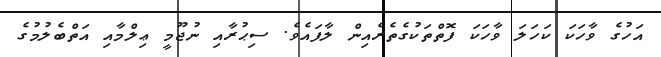
އަހުގެ ވާހަކަ ކަހަލަ ވާހަކަ ފޮތްތަކުގެތެރެއިން ލާފައެވެ. ސިޙުރާއި ނުޖޫމީ ޢިލްމާއި އަތްބެލުމުގެ